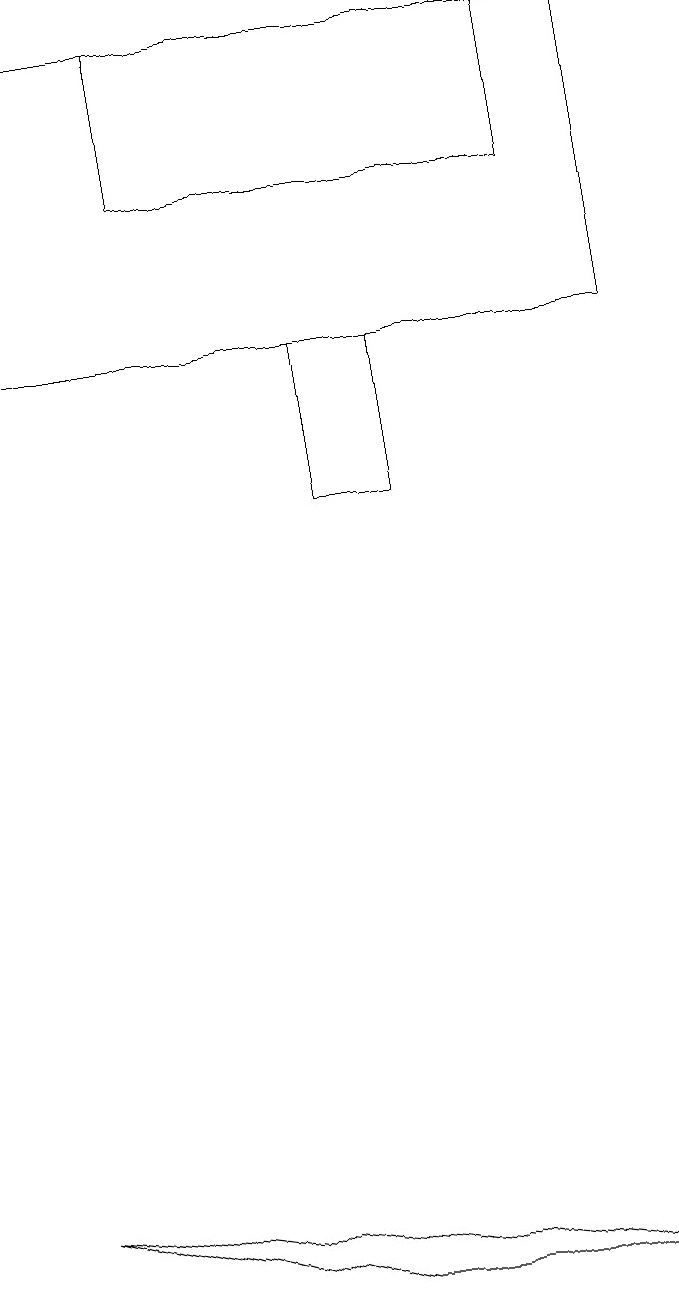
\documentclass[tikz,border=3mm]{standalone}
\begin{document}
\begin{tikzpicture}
\draw (9,18) rectangle (1,14);
\draw (9,2) -- (1,3) -- (5,2) -- cycle;
\draw (5,14) rectangle (6,12);
\draw (3,16) rectangle (8,18);
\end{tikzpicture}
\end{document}